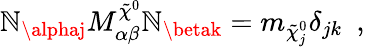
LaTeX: \mathbb{N}_{\alphaj}M_{\alpha\beta}^{\tilde{{\chi}}^{0}}\mathbb{N}_{\betak}=m_{\tilde{{\chi}}_{j}^{0}}\delta_{jk}\enspace,